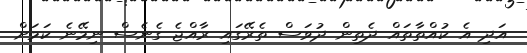
އަދި އެ ކުއްތާތައް ދެތިން ދުވަސް ތެރޭގައި ރާއްޖެ ގެނެސް ނިމޭނެ ކަމަށް